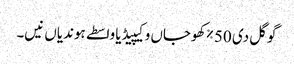
گوگل دی 50٪ کھوجاں وکیپیڈیا واسطے ہوندیاں نیں۔